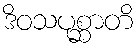
ဒိဝသပုစ္ဆာတိ